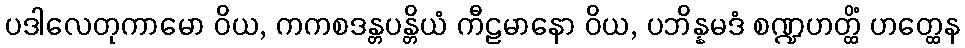
ပဒါလေတုကာမော ဝိယ, ကကစဒန္တပန္တိယံ ကီဠမာနော ဝိယ, ပဘိန္နမဒံ စဏ္ဍဟတ္ထိံ ဟတ္ထေန